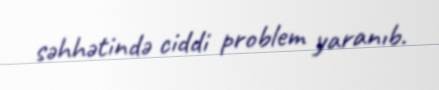
səhhətində ciddi problem yaranıb.